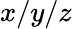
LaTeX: x/y/z